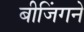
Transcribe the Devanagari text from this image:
बीजिंगने